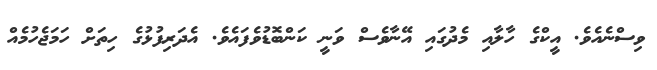
ވިސްނެއެވެ. އީކްގެ ހާލާއި މެދުގައި އޭނާވެސް ވަނީ ކަންބޮޑުވެފައެވެ. އެދަރިފުޅުގެ ހިތަށް ހަމަޖެހުމެއް